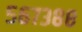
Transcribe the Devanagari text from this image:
५६७३८८